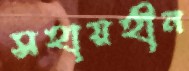
সহায়হীন